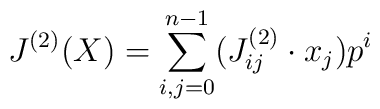
J^{(2)}(X)=\sum_{i,j=0}^{n-1}(J^{(2)}_{ij}\cdot x_j)p^{i}